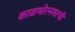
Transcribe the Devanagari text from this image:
काळभोरनगरची